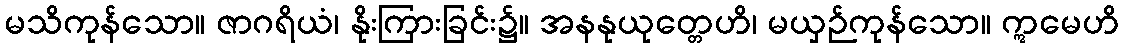
မသိကုန်သော။ ဇာဂရိယံ၊ နိုးကြားခြင်း၌။ အနနုယုတ္တေဟိ၊ မယှဉ်ကုန်သော။ ဣမေဟိ